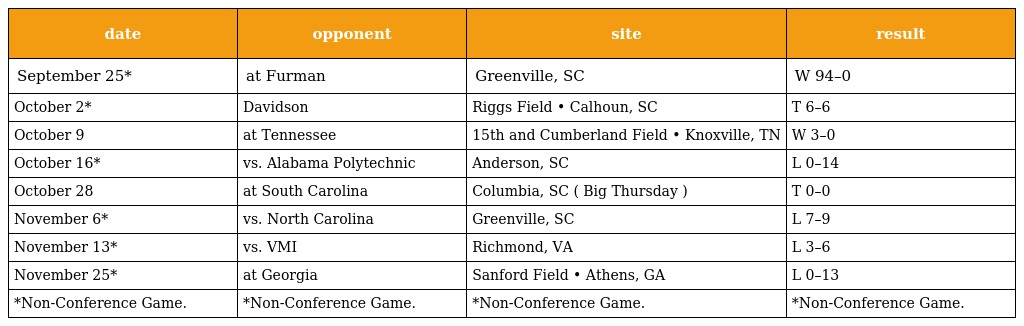
| date | opponent | site | result |
 | --- | --- | --- | --- |
 | September 25* | at Furman | Greenville, SC | W 94–0 |
 | October 2* | Davidson | Riggs Field • Calhoun, SC | T 6–6 |
 | October 9 | at Tennessee | 15th and Cumberland Field • Knoxville, TN | W 3–0 |
 | October 16* | vs. Alabama Polytechnic | Anderson, SC | L 0–14 |
 | October 28 | at South Carolina | Columbia, SC ( Big Thursday ) | T 0–0 |
 | November 6* | vs. North Carolina | Greenville, SC | L 7–9 |
 | November 13* | vs. VMI | Richmond, VA | L 3–6 |
 | November 25* | at Georgia | Sanford Field • Athens, GA | L 0–13 |
 | *Non-Conference Game. | *Non-Conference Game. | *Non-Conference Game. | *Non-Conference Game. |